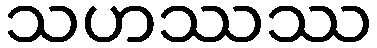
သဟဿဿ